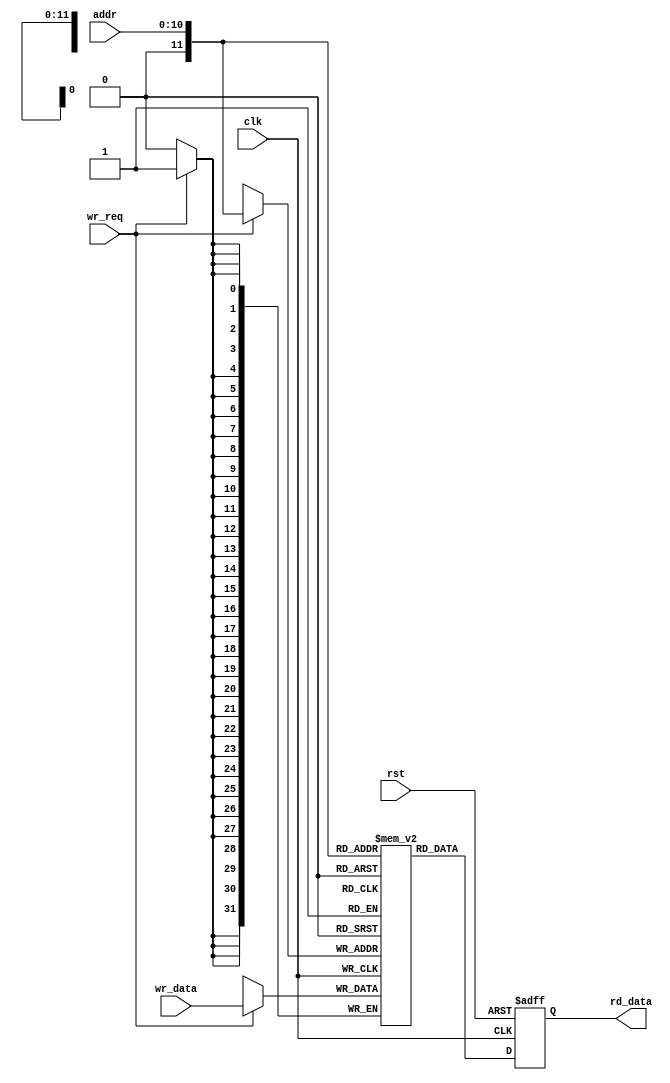
`timescale 1ns / 1ps
//////////////////////////////////////////////////////////////////////////////////
// Company: 
// Engineer: 
// 
// Design Name: 
// Module Name: mem
// Project Name: 
// Target Devices: 
// Tool Versions: 
// Description: 
// 
// Dependencies: 
// 
// Revision:
// Revision 0.01 - File Created
// Additional Comments:
// 
//////////////////////////////////////////////////////////////////////////////////


module mem#(                    
    parameter  ADDR_LEN  = 11    
) (
    input                       clk, 
    input                       rst,
    input       [ADDR_LEN-1:0]  addr, // memory address
    output reg  [31:0]          rd_data,  // data read out
    input                       wr_req,              // write request
    input       [31:0]          wr_data       // data write in
);
localparam MEM_SIZE = 1<<ADDR_LEN;
reg [31:0] ram_cell [MEM_SIZE:0];

always @ (posedge clk or posedge rst)
    if(rst)
        rd_data <= 0;
    else
        rd_data <= ram_cell[addr];

always @ (posedge clk)
    if(wr_req) 
        ram_cell[addr] <= wr_data;
endmodule